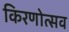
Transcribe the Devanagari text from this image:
किरणोत्सव